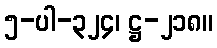
၅-ပါ-၃၂၄၊ ဋ္ဌ-၂၁၈။